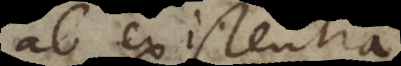
ab existentia